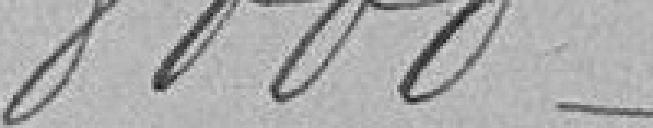
8.000